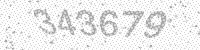
Solution: 343679